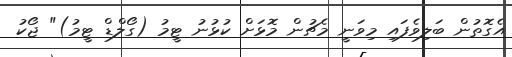
އެގޮތުން ބަލިވެފައި މިވަނީ މެޗުން މޮޅަށް ކުޅުނު ޓީމު (ގޯލްޑް ޓީމު)" ޖޯކު